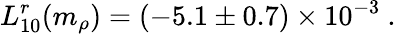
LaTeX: L_{10}^{r}(m_{\rho})=\left(-5.1\pm 0.7\right)\times 10^{-3}\ .